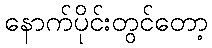
နောက်ပိုင်းတွင်တော့